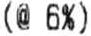
(@ 6)